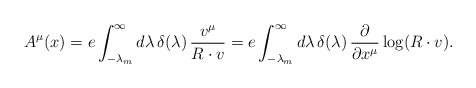
\begin{align*}A^\mu(x)=e\int^{\infty}_{-\lambda_m} d\lambda\,\delta(\lambda)\,\frac{v^\mu}{R\cdot v}=e\int^{\infty}_{-\lambda_m} d\lambda\,\delta(\lambda)\,\frac{\partial}{\partial x^\mu} \log ({R\cdot v}).\end{align*}